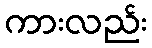
ကားလည်း